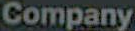
Company